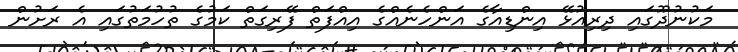
މަކުނުދޫގައި ދިރިއުޅޭ އިންޑިއާގެ އަންހެނެއްގެ އިއްފަތް ފޭރިގަތް ކަމުގެ ތުހުމަތުގައި އެ ރަށުން